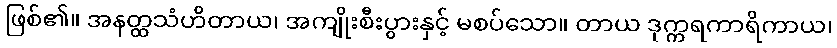
ဖြစ်၏။ အနတ္ထသံဟိတာယ၊ အကျိုးစီးပွားနှင့် မစပ်သော။ တာယ ဒုက္ကရကာရိကာယ၊